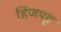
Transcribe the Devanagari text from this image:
हिंजपट्ट